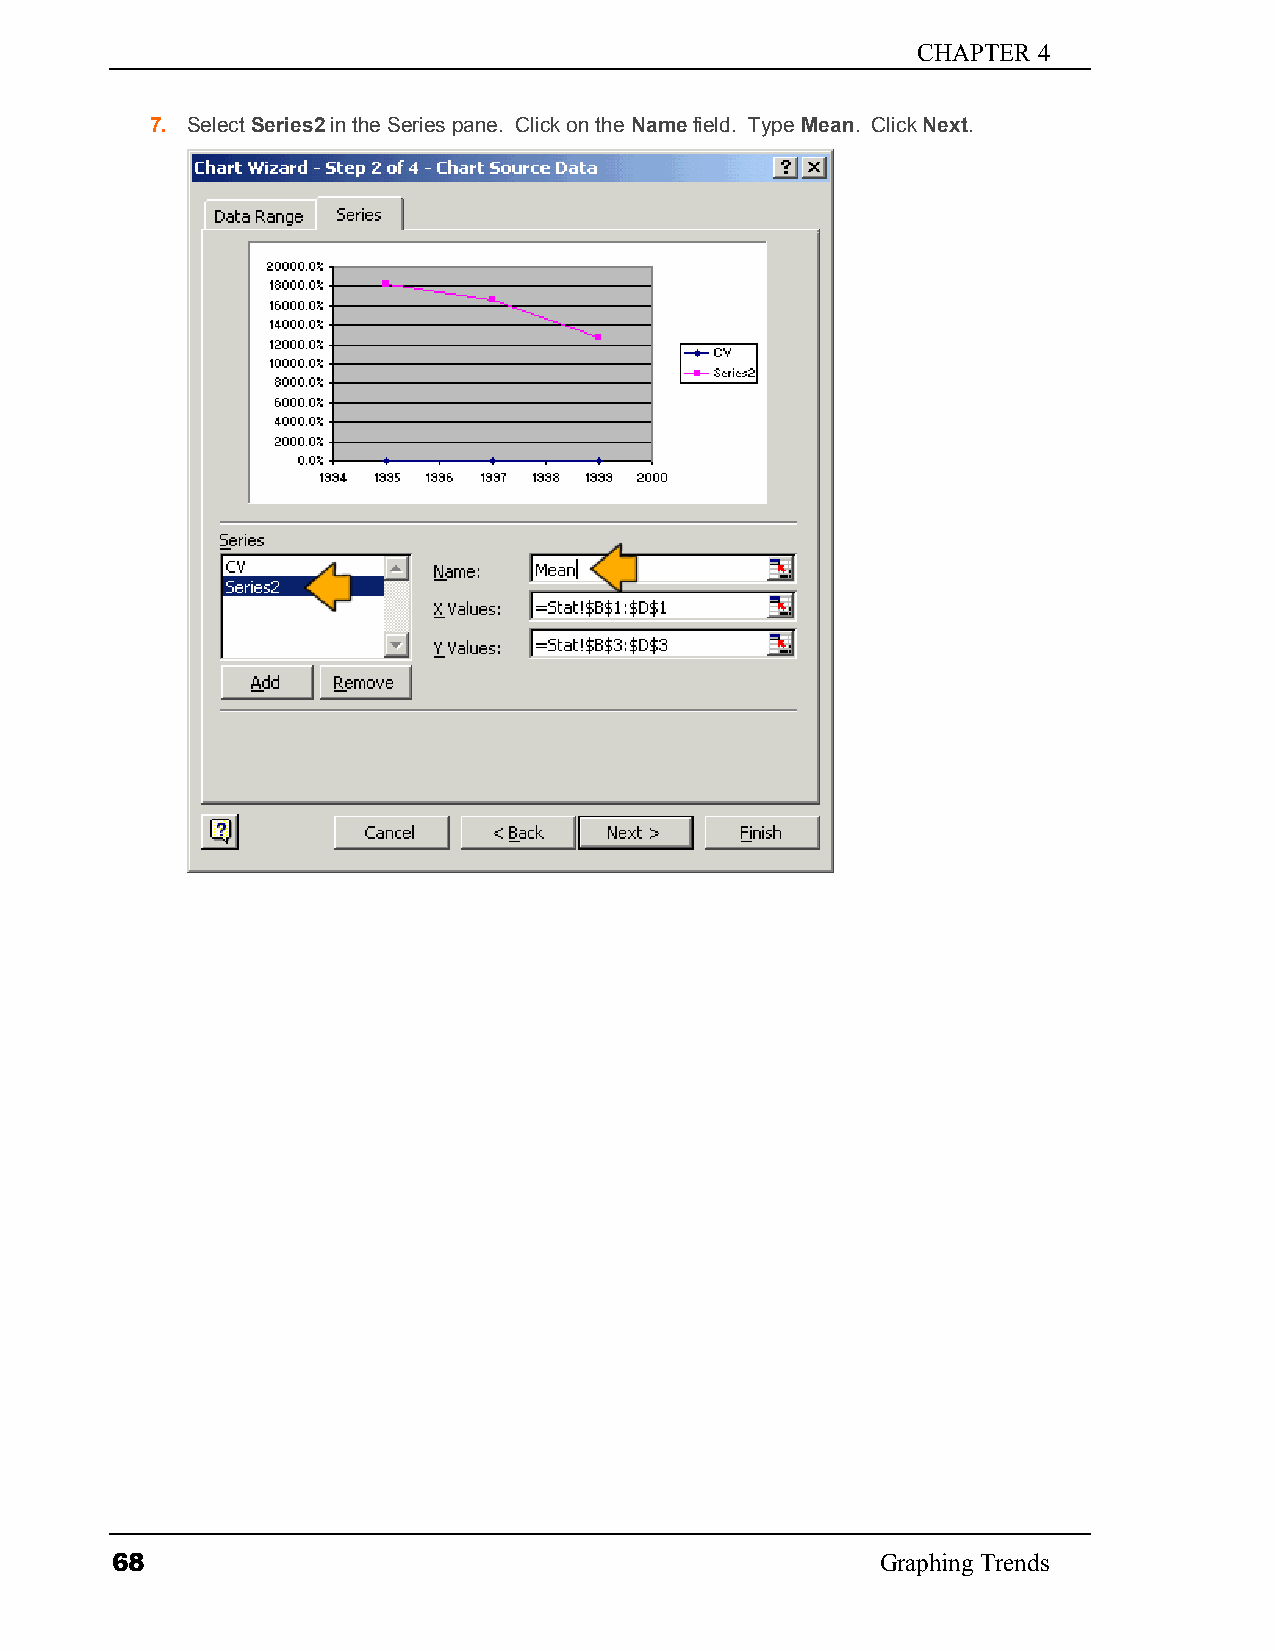
CHAPTER 4
 7. Select Series2 in the Series pane. Click on the Name field. Type Mean. Click Next.
 68                                                 Graphing Trends